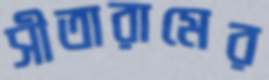
সীতারামের